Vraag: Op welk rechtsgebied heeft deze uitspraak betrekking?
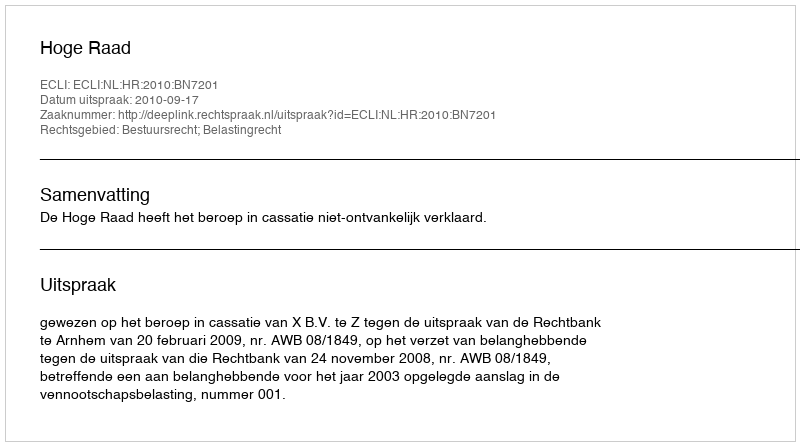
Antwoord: Bestuursrecht; Belastingrecht